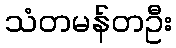
သံတမန်တဦး